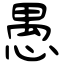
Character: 愚